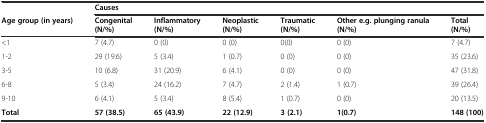
|  | <COLSPAN=6> Causes |
 | Age group (in years) | Congenital (N/%) | Inflammatory (N/%) | Neoplastic (N/%) | Traumatic (N/%) | Other e.g. plunging ranula (N/%) | Total (N/%) |
 | --- | --- | --- | --- | --- | --- | --- |
 | <1 | 7 (4.7) | 0 (0) | 0 (0) | 0(0) | 0 (0) | 7 (4.7) |
 | 1-2 | 29 (19.6) | 5 (3.4) | 1 (0.7) | 0 (0) | 0 (0) | 35 (23.6) |
 | 3-5 | 10 (6.8) | 31 (20.9) | 6 (4.1) | 0 (0) | 0 (0) | 47 (31.8) |
 | 6-8 | 5 (3.4) | 24 (16.2) | 7 (4.7) | 2 (1.4) | 1 (0.7) | 39 (26.4) |
 | 9-10 | 6 (4.1) | 5 (3.4) | 8 (5.4) | 1 (0.7) | 0 (0) | 20 (13.5) |
 | Total | 57 (38.5) | 65 (43.9) | 22 (12.9) | 3 (2.1) | 1(0.7) | 148 (100) |